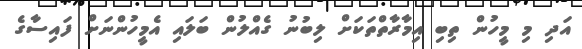
އަދި މި މީހުން ތިބި އިމާރާތްތަކަށް ލިބުނު ގެއްލުން ބަލައި އެމީހުންނަށް ފައިސާގެ